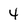
Character: 4